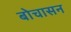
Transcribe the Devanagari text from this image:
बोचासन